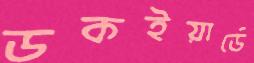
ডকইয়ার্ডে